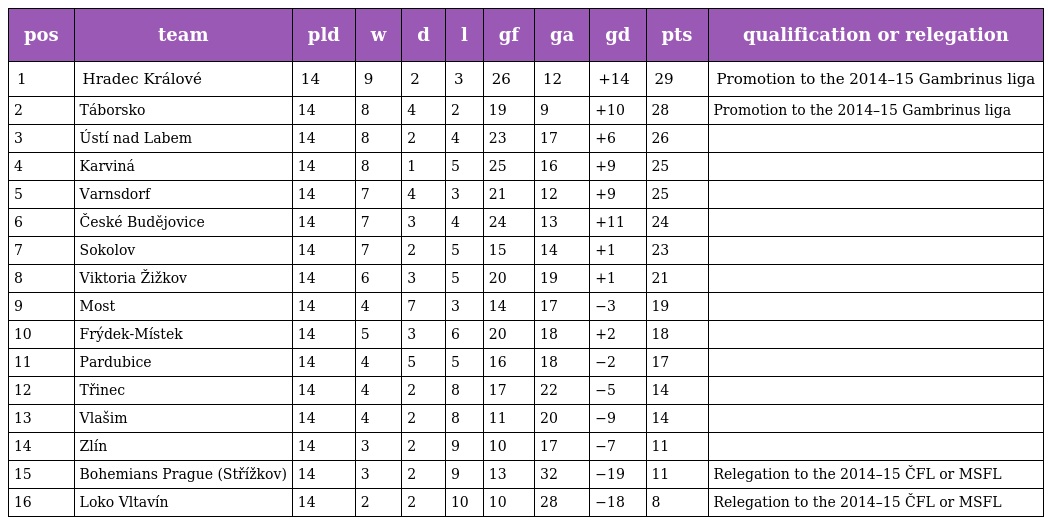
| pos | team | pld | w | d | l | gf | ga | gd | pts | qualification or relegation |
 | --- | --- | --- | --- | --- | --- | --- | --- | --- | --- | --- |
 | 1 | Hradec Králové | 14 | 9 | 2 | 3 | 26 | 12 | +14 | 29 | Promotion to the 2014–15 Gambrinus liga |
 | 2 | Táborsko | 14 | 8 | 4 | 2 | 19 | 9 | +10 | 28 | Promotion to the 2014–15 Gambrinus liga |
 | 3 | Ústí nad Labem | 14 | 8 | 2 | 4 | 23 | 17 | +6 | 26 |  |
 | 4 | Karviná | 14 | 8 | 1 | 5 | 25 | 16 | +9 | 25 |  |
 | 5 | Varnsdorf | 14 | 7 | 4 | 3 | 21 | 12 | +9 | 25 |  |
 | 6 | České Budějovice | 14 | 7 | 3 | 4 | 24 | 13 | +11 | 24 |  |
 | 7 | Sokolov | 14 | 7 | 2 | 5 | 15 | 14 | +1 | 23 |  |
 | 8 | Viktoria Žižkov | 14 | 6 | 3 | 5 | 20 | 19 | +1 | 21 |  |
 | 9 | Most | 14 | 4 | 7 | 3 | 14 | 17 | −3 | 19 |  |
 | 10 | Frýdek-Místek | 14 | 5 | 3 | 6 | 20 | 18 | +2 | 18 |  |
 | 11 | Pardubice | 14 | 4 | 5 | 5 | 16 | 18 | −2 | 17 |  |
 | 12 | Třinec | 14 | 4 | 2 | 8 | 17 | 22 | −5 | 14 |  |
 | 13 | Vlašim | 14 | 4 | 2 | 8 | 11 | 20 | −9 | 14 |  |
 | 14 | Zlín | 14 | 3 | 2 | 9 | 10 | 17 | −7 | 11 |  |
 | 15 | Bohemians Prague (Střížkov) | 14 | 3 | 2 | 9 | 13 | 32 | −19 | 11 | Relegation to the 2014–15 ČFL or MSFL |
 | 16 | Loko Vltavín | 14 | 2 | 2 | 10 | 10 | 28 | −18 | 8 | Relegation to the 2014–15 ČFL or MSFL |